Indian Civil Veterinary Department memoirs
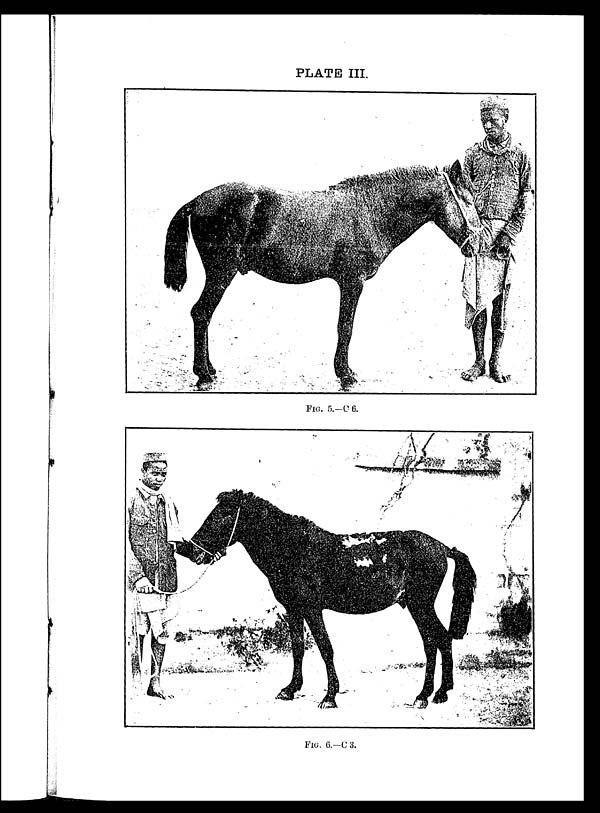
PLATE III.
FIG. 5.-C 6.
FIG. 6.—C 3.